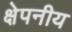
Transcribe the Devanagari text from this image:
क्षेपनीय